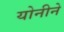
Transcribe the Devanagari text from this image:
योनीने